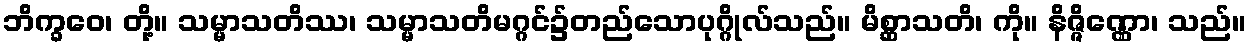
ဘိက္ခဝေ၊ တို့။ သမ္မာသတိဿ၊ သမ္မာသတိမဂ္ဂင်၌တည်သောပုဂ္ဂိုလ်သည်။ မိစ္ဆာသတိ၊ ကို။ နိဇ္ဇိဏ္ဏော၊ သည်။